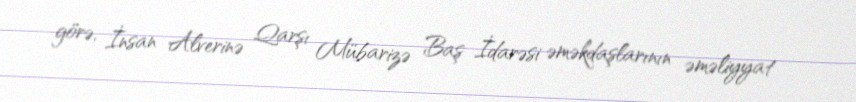
görə, İnsan Alverinə Qarşı Mübarizə Baş İdarəsi əməkdaşlarının əməliyyat